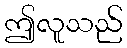
ဤလူသည်